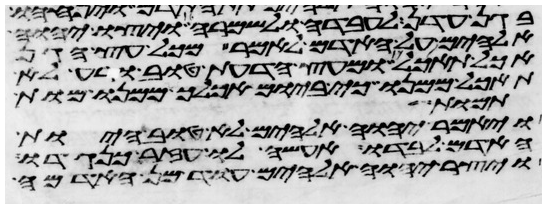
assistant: בגן עדן לעבדה ולשמרה ויצו יהוה
אלהים על האדם לאמר מכל עץ הגן
אכל תאכל ומעץ הדעת טוב ורע לא
תאכל ממנו כי ביום אכלך ממנו מות
תמות
ויאמר יהוה אלהים לא טוב היות
האדם לבדו אעשה לו עזר כנגדו
ויצר יהוה אלהים עוד מן האדמה